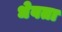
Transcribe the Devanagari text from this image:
धेवता